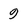
Character: 9